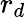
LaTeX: r_{d}